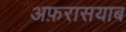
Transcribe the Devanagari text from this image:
अफ़रासयाब